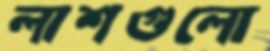
লাশগুলো